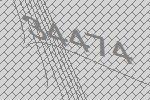
34474